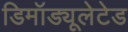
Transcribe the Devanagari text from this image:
डिमॉड्यूलेटेड